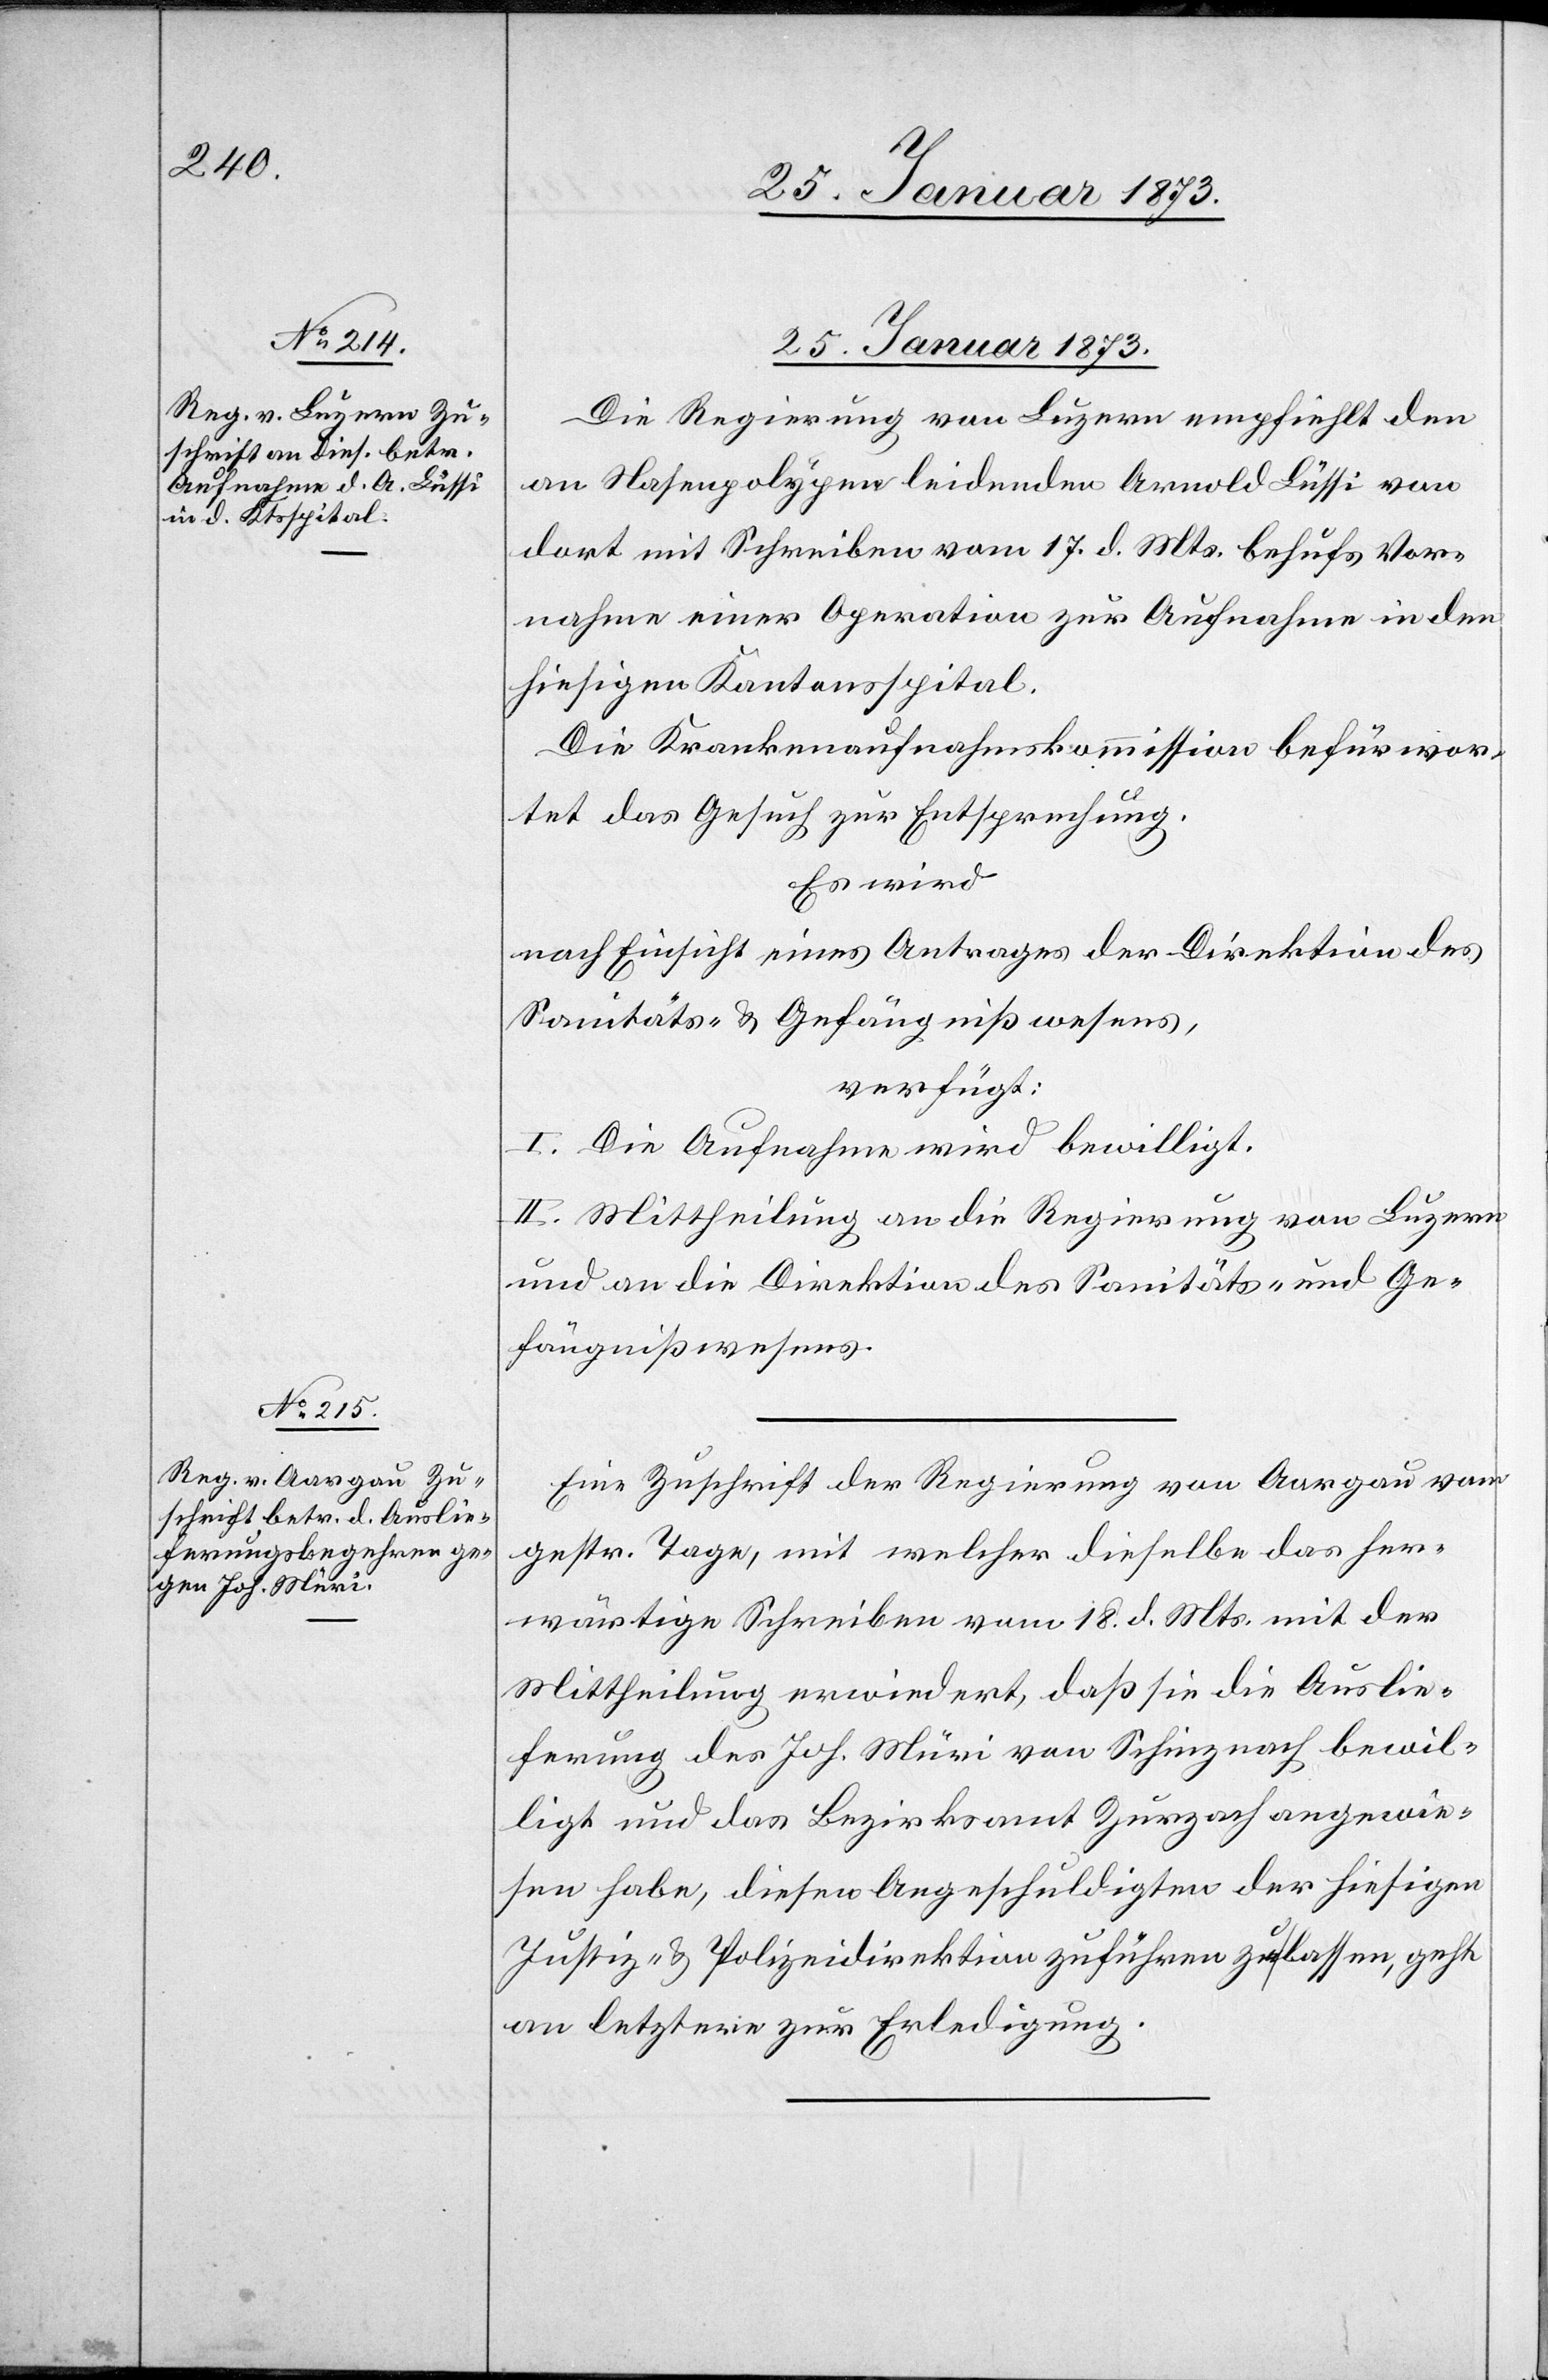
25. Januar 1873.]
25. Januar 1873.
Die Regierung von Luzern empfiehlt den
an Nasenpolypen leidenden Arnold Lüssi von
dort mit Schreiben vom 17. d. Mts. behufs Vor¬
nahme einer Operation zur Aufnahme in den
hiesigen Kantonsspital.
Die Krankenaufnahmskommission befürwor¬
tet das Gesuch zur Entsprechung.
Es wird
nach Einsicht eines Antrages der Direktion des
Sanitäts- und Gefängnißwesens,
verfügt:
I. Die Aufnahme wird bewilligt.
II. Mittheilung an die Regierung von Luzern
und an die Direktion des Sanitäts- und Ge¬
fängnißwesens.
Eine Zuschrift der Regierung von Aargau vom
gestr. Tage, mit welcher dieselbe das her¬
wärtige Schreiben vom 18. d. Mts. mit der
Mittheilung erwiedert, daß sie die Auslie¬
ferung des Joh. Müri von Schinznach bewil¬
ligt und das Bezirksamt Zurzach angewie¬
sen habe, diesen Angeschuldigten der hiesigen
Justiz- u. Polizeidirektion zuführen zu lassen, geht
an letztere zur Erledigung.